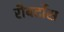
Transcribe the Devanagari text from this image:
रौबर्टोस